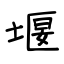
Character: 堰